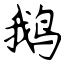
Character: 鹅